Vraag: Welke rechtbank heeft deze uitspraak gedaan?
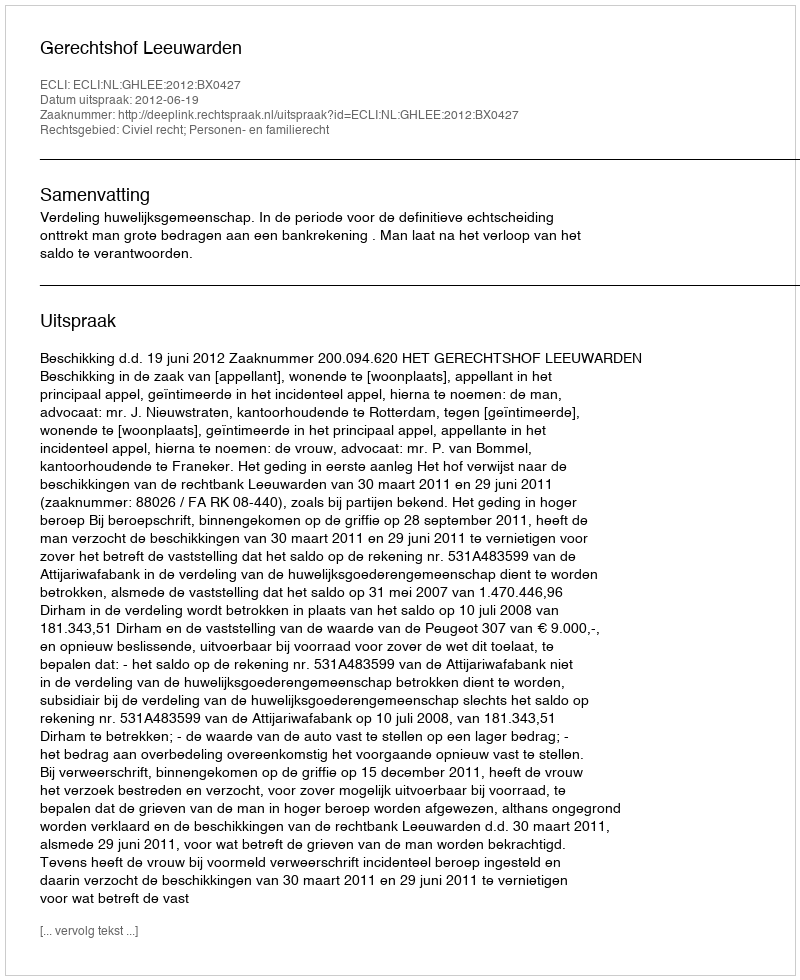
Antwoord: Gerechtshof Leeuwarden